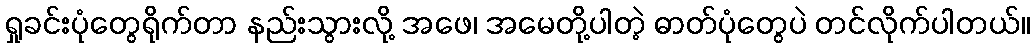
ရှုခင်းပုံတွေရိုက်တာ နည်းသွားလို့ အဖေ၊ အမေတို့ပါတဲ့ ဓာတ်ပုံတွေပဲ တင်လိုက်ပါတယ်။